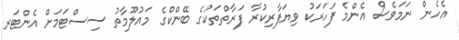
އެހެން ނަމަވެސް އެންމެ ފަހަރަކު ވިޔަފާރިކުރާ ފަރާތްތަކުގެ ބޭންކްގެ މައުލޫމާތު ސިސްޓަމަށް އެންޓަރ